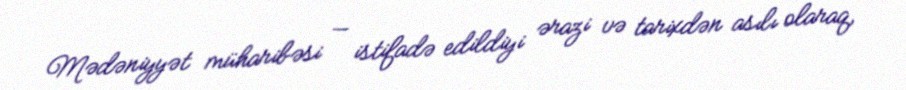
Mədəniyyət müharibəsi — istifadə edildiyi ərazi və tarixdən asılı olaraq,